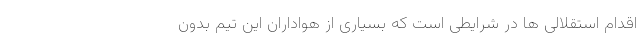
اقدام استقلالی ها در شرایطی است که بسیاری از هواداران این تیم بدون